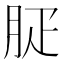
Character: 𦙬